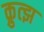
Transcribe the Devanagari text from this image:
क्रुत्झ